Vaccination United Provinces of Agra and Oudh 1914-1922 - 1914-1922
Year: 1914
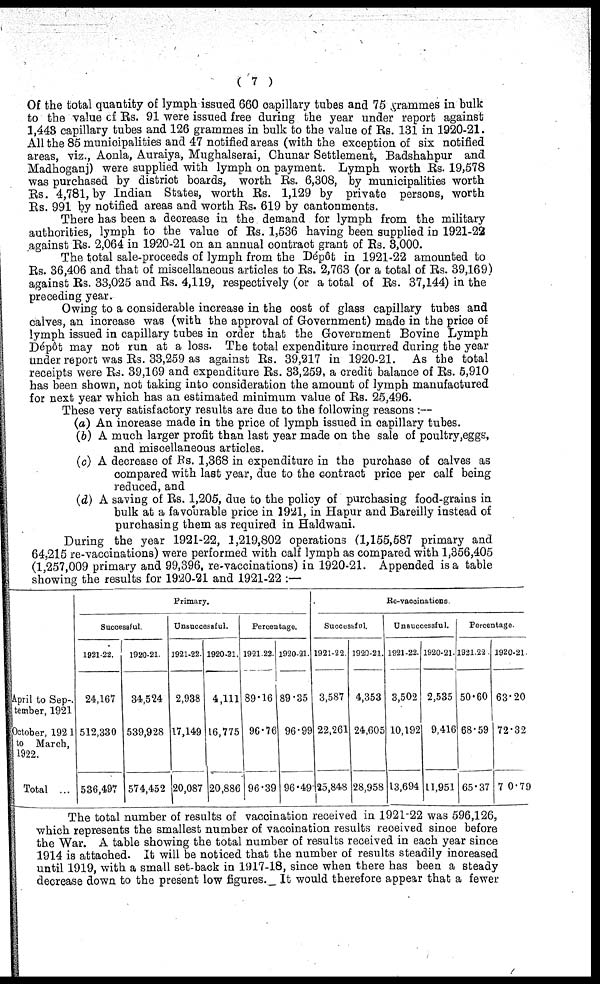
( 7 )
Of the total quantity of lymph issued 660 capillary tubes and 75 grammes in bulk
to the value of Rs. 91 were issued free during the year under report against
1,443 capillary tubes and 126 grammes in bulk to the value of Rs. 131 in 1920-21.
All the 85 municipalities and 47 notified areas (with the exception of six notified
areas, viz., Aonla, Auraiya, Mughalserai, Chunar Settlement, Badshahpur and
Madhoganj) were supplied with lymph on payment. Lymph worth Rs. 19,578
was purchased by district boards, worth Rs. 6,308, by municipalities worth
Rs. 4,781, by Indian States, worth Rs. 1,129 by private persons, worth
Rs. 991 by notified areas and worth Rs. 619 by cantonments.
There has been a decrease in the demand for lymph from the military
authorities, lymph to the value of Rs. 1,536 having been supplied in 1921-22
against Rs. 2,064 in 1920-21 on an annual contract grant of Rs. 3,000.
The total sale-proceeds of lymph from the Dépôt in 1921-22 amounted to
Rs. 36,406 and that of miscellaneous articles to Rs. 2,763 (or a total of Rs. 39,169)
against Rs. 33,025 and Rs. 4,119, respectively (or a total of Rs. 37,144) in the
preceding year.
Owing to a considerable increase in the cost of glass capillary tubes and
calves, an increase was (with the approval of Government) made in the price of
lymph issued in capillary tubes in order that the Government Bovine Lymph
Dépôt may not run at a loss. The total expenditure incurred during the year
under report was Rs. 33,259 as against Rs. 39,217 in 1920-21. As the total
receipts were Rs. 39,169 and expenditure Rs. 33,259, a credit balance of Rs. 5,910
has been shown, not taking into consideration the amount of lymph manufactured
for next year which has an estimated minimum value of Rs. 25,496.
These very satisfactory results are due to the following reasons :—
(a) An increase made in the price of lymph issued in capillary tubes.
(b) A much larger profit than last year made on the sale of poultry,eggs,
and miscellaneous articles.
(c) A decrease of Rs. 1,368 in expenditure in the purchase of calves as
compared with last year, due to the contract price per calf being
reduced, and
(d) A saving of Rs. 1,205, due to the policy of purchasing food-grains in
bulk at a favourable price in 1921, in Hapur and Bareilly instead of
purchasing them as required in Haldwani.
During the year 1921-22, 1,219,802 operations (1,155,587 primary and
64,215 re-vaccinations) were performed with calf lymph as compared with 1,356,405
(1,257,009 primary and 99,396, re-vaccinations) in 1920-21. Appended is a table
showing the results for 1920-21 and 1921-22 :—
April to Sep-
tember, 1921
October, 192 1
to March,
1922.
Total ...
Primary.
Successful
1921-22.
24,167
512,330
536,497
1920-21.
34,524
539,928
574,452
Unsuccessful.
1921-22.
2,938
17,149
20,087
1920-21.
4,111
16,775
20,886
Percentage.
1921-22.
89.16
96.76
96.39
1920-21.
89.35
96.99
96.49
Re-vaccinations
Successful.
1921-22
3,587
22,261
25,848
1920-21.
4,353
24,605
28,958
Unsuccessful.
1921-22.
3,502
10,192
13,694
1920-21.
2,535
9,416
11,951
Percentage
1921-22
50.60
68.59
65.37
1920-21
63.20
72.32
70.79
The total number of results of vaccination received in 1921-22 was 596,126,
which represents the smallest number of vaccination results received since before
the War. A table showing the total number of results received in each year since
1914 is attached. It will be noticed that the number of results steadily increased
until 1919, with a small set-back in 1917-18, since when there has been a steady
decrease down to the present low figures. It would therefore appear that a fewer